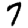
Digit: 7